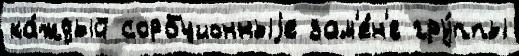
ка́ждый сорбционныjе зам'е́н'е гру́ппы